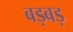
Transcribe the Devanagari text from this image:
बड़बड़